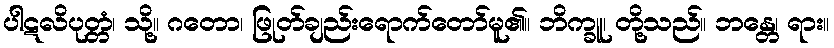
ပါဋလိပုတ္တံ၊ သို့။ ဂတော၊ ဖြုတ်ချည်းရောက်တော်မူ၏။ ဘိက္ခူ၊ တို့သည်။ ဘန္တေ၊ ရား။